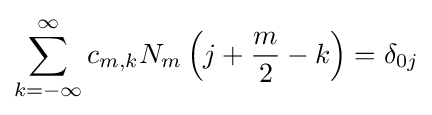
\sum _{k=-\infty }^{\infty }c_{m,k}N_{m}\left(j+{\frac {m}{2}}-k\right)=\delta _{0j}